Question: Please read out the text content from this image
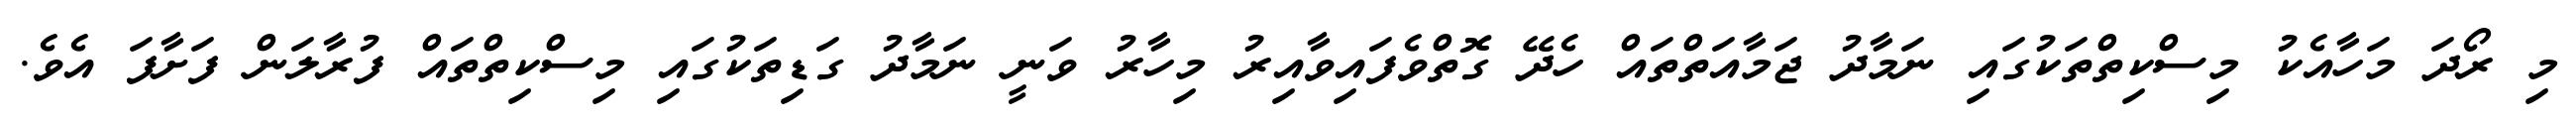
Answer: މި ރޯދަ މަހާއެކު މިސްކިތްތަކުގައި ނަމާދު ޖަމާއަތްތައް ހެދޭ ގޮތްވެފައިވާއިރު މިހާރު ވަނީ ނަމާދު ގަޑިތަކުގައި މިސްކިތްތައް ފުރާލަން ފަށާފަ އެވެ.